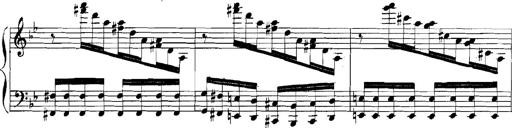
Title: Rhapsodies hongroises
Composer: Franz Liszt